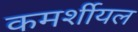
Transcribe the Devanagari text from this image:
कमर्शीयल